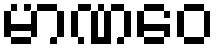
မာဏဝေ